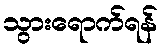
သွားရောက်ရန်